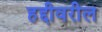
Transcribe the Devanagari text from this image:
हद्दीवरील